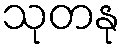
သုတနု